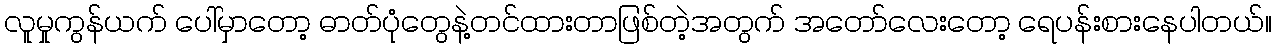
လူမှုကွန်ယက် ပေါ်မှာတော့ ဓာတ်ပုံတွေနဲ့တင်ထားတာဖြစ်တဲ့အတွက် အတော်လေးတော့ ရေပန်းစားနေပါတယ်။